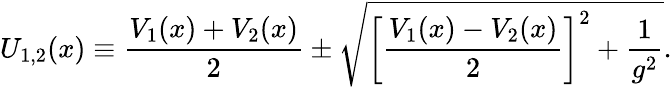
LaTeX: U_{1,2}(x)\equiv{\frac{V_{1}(x)+V_{2}(x)}{2}}\pm\sqrt{\left[{\frac{V_{1}(x)-V_{2}(x)}{2}}\right]^{2}+{\frac{1}{g^{2}}}}.